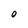
Character: O